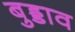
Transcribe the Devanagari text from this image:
बुड्डाव